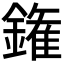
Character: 𨫝